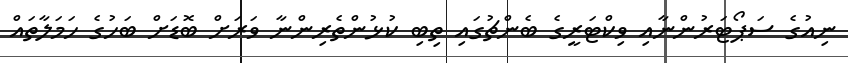
ނިއުގެ ސަޕޯޓަރުންނާއި ވިކްޓަރީގެ ބެންޗުގައި ތިބި ކުޅުންތެރިންނާ ވަރަށް ބޮޑަށް ބަހުގެ ހަމަލާތައް